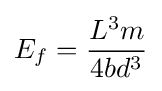
E_{f}={\frac {L^{3}m}{4bd^{3}}}